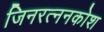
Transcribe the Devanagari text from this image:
जिनरत्ननकोश